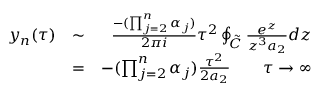
\begin{array} { r l r } { y _ { n } ( \tau ) } & { \sim } & { \frac { - ( \prod _ { j = 2 } ^ { n } \alpha _ { j } ) } { 2 \pi i } \tau ^ { 2 } \oint _ { \cal \tilde { C } } \frac { e ^ { z } } { z ^ { 3 } a _ { 2 } } d z } \\ & { = } & { - ( \prod _ { j = 2 } ^ { n } \alpha _ { j } ) \frac { \tau ^ { 2 } } { 2 a _ { 2 } } \qquad \tau \rightarrow \infty } \end{array}